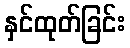
နှင်ထုတ်ခြင်း